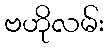
ဗဟိုလမ်း